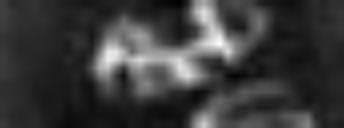
etc